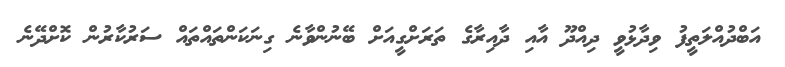
އަބްދުއްލަތީފު ވިދާޅުވީ ދިއްދޫ އާއި ދާއިރާގެ ތަރަށްގީއަށް ބޭނުންވާނެ ގިނަކަންތައްތައް ސަރުކާރުން ކޮށްދޭނެ